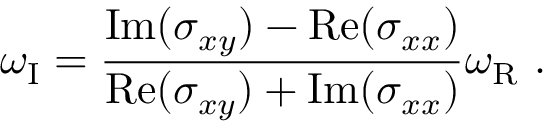
\omega _ { \mathrm { I } } = \frac { \mathrm { I m } ( \sigma _ { x y } ) - \mathrm { R e } ( \sigma _ { x x } ) } { \mathrm { R e } ( \sigma _ { x y } ) + \mathrm { I m } ( \sigma _ { x x } ) } \omega _ { \mathrm { R } } \ .